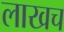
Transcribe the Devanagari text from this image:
लाखच